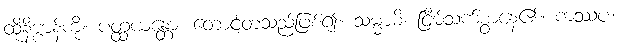
ထိုနိဗ္ဗာန်ကို။ ပတ္ထယန္တော၊ တောင့်တသည်ဖြစ်၍။ သမ္မာမိ၊ ငြိမ်သက်စွာနေ၏။ ကဿပ၊